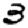
Digit: 3